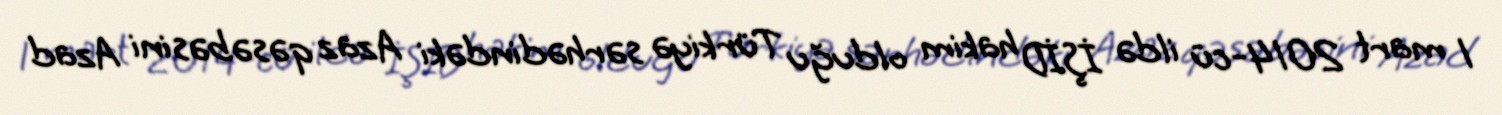
1 mart 2014-cü ildə İŞİD hakim olduğu Türkiyə sərhədindəki Azaz qəsəbəsini Azad